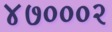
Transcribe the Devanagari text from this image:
४७०००२